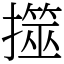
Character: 𢶅